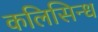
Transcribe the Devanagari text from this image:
कलिसिन्ध